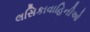
લસિકાવાહિનીઓ